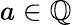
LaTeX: a\in\mathbb{Q}